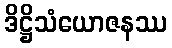
ဒိဋ္ဌိသံယောဇနဿ